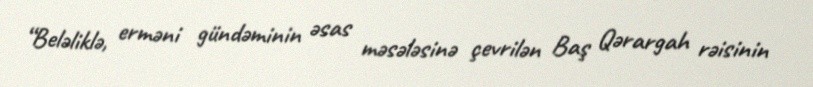
“Beləliklə, erməni gündəminin əsas məsələsinə çevrilən Baş Qərargah rəisinin